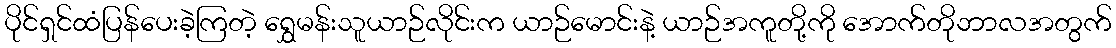
ပိုင်ရှင်ထံပြန်ပေးခဲ့ကြတဲ့ ရွှေမန်းသူယာဉ်လိုင်းက ယာဉ်မောင်းနဲ့ ယာဉ်အကူတို့ကို အောက်တိုဘာလအတွက်